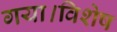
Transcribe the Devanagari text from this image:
गया।विशेष